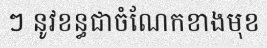
ៗ នូវខន្ធជាចំណែកខាងមុខ